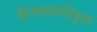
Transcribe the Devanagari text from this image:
हिरण्यकशिपूचा